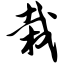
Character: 栽